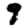
Digit: 9